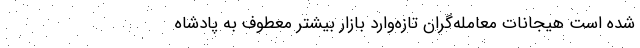
شده است هیجانات معامله‌گران تازه‌وارد بازار بیشتر معطوف به پادشاه